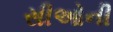
સીઓની